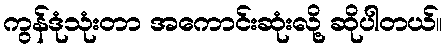
ကွန်ဒုံသုံးတာ အကောင်းဆုံးလို့ ဆိုပါတယ်။